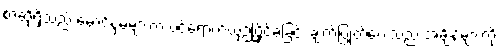
စာဆိုရှိသည် မောင်နှမများက ဝင်ရောက်ယှဉ်ပြိုင်ခဲ့ခြင်း ချက်ပြုတ်ပေးသည် အချိန်များကို